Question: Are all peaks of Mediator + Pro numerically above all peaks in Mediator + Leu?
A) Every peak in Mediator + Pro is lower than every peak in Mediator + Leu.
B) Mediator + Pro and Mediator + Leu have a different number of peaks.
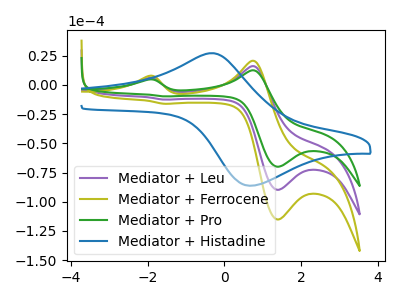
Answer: <think>The purple curve "Mediator + Leu" has anodic peaks at (-1.95V, 6.05uA) (0.75V, 16.15uA) and cathodic peaks at (1.40V, -89.80uA) (-1.55V, -12.55uA). The olive curve "Mediator + Ferrocene" has anodic peaks at (-1.95V, 12.10uA) (0.75V, 32.35uA) and cathodic peaks at (1.40V, -179.60uA) (-1.55V, -25.10uA). The green curve "Mediator + Pro" has anodic peaks at (-1.95V, 4.70uA) (0.75V, 12.60uA) and cathodic peaks at (1.40V, -70.00uA) (-1.55V, -9.80uA). The blue curve "Mediator + Histadine" has an anodic peak at (-0.35V, 27.30uA) and a cathodic peak at (0.70V, -86.25uA).</think>
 <answer>A) Every peak in "Mediator + Pro" is lower than every peak in "Mediator + Leu".</answer>
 <eval>A</eval>